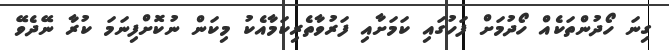
ގިނަ ހޯދުންތަކެއް ހޯދުމަށް ފަހުގައި ކަމަށާއި ފަރުވާތެރިކަމާއެކު މިކަން ނުކޮށްފިނަމަ ކުރާ ނޭދެވޭ